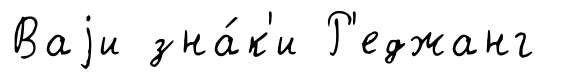
Ваjи зна́к'и Р'еджанг